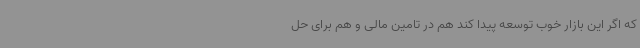
که اگر این بازار خوب توسعه پیدا کند هم در تامین مالی و هم برای حل